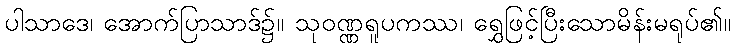
ပါသာဒေ၊ အောက်ပြာသာဒ်၌။ သုဝဏ္ဏရူပကဿ၊ ရွှေဖြင့်ပြီးသောမိန်းမရုပ်၏။